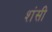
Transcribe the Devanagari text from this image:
शंसी